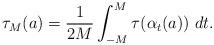
LaTeX: \begin{align*}\tau_M(a) = \frac{1}{2M} \int_{-M}^M \tau(\alpha_t(a))~dt. \end{align*}